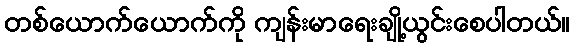
တစ်ယောက်ယောက်ကို ကျန်းမာရေးချို့ယွင်းစေပါတယ်။